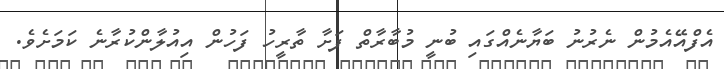
އެފްއޭއެމުން ނެރުނު ބަޔާނެއްގައި ބުނީ މުބާރާތް ފަށާ ތާރީހު ފަހުން އިއުލާންކުރާނެ ކަމަށެވެ.